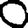
Digit: 0